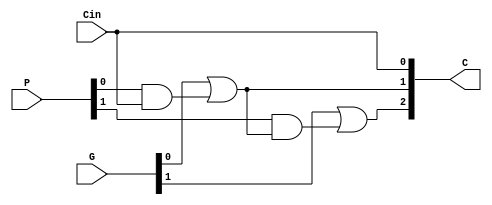
module carry_generate(P,G,C,Cin);
    parameter N = 2;
    input [N-1:0]P,G;
  	input Cin;
    output [N:0]C;
    assign C[0] =Cin;
    genvar i;
  	generate for(i=1;i<=N;i=i+1) begin
        assign C[i] = G[i-1] | (P[i-1]&C[i-1]);
    end
    endgenerate

endmodule